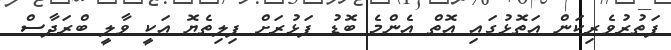
ފަތުރުވެރިކަން އަތޮޅުގައި އޮތް އެންމެ ބޮޑު ފަޅުރަށް ފިލިތެޔޮ އަކީ ވާލީ ބްރަދާސް